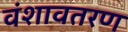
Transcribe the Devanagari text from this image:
वंशावतरण